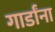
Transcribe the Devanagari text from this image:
गार्डांना